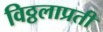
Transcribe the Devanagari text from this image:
विठ्ठलाप्रती